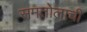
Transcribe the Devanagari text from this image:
समतोलाची